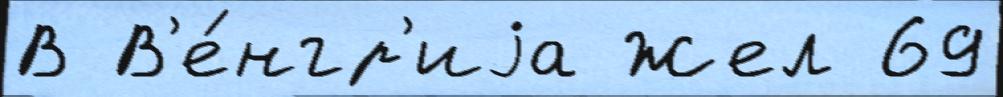
В В'е́нгр'иjа Жел 69